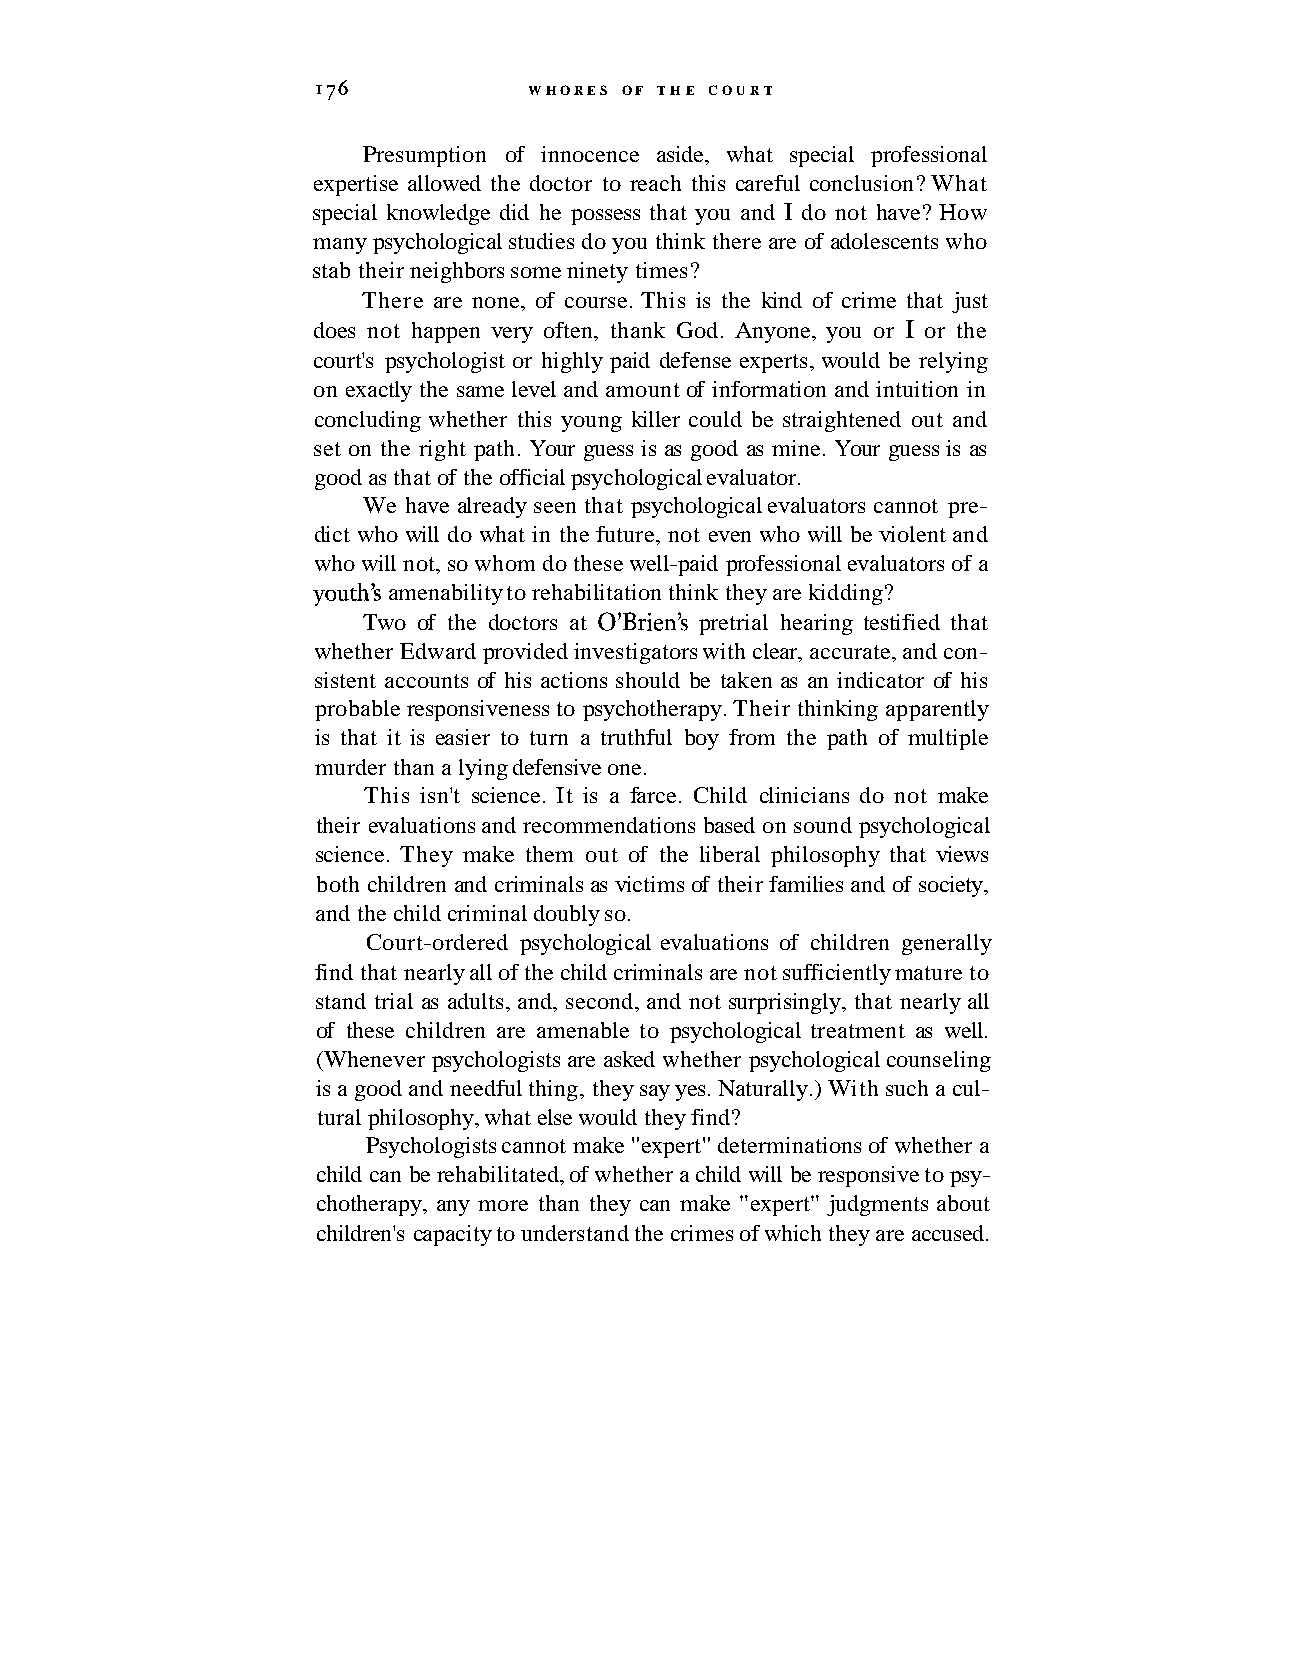
176           WHORES OF THE COURT
 Presumption of innocence aside, what special professional
 expertise allowed the doctor to reach this careful conclusion? What
 special knowledge did he possess that you and I do not have? How
 many psychological studies do you think there are of adolescents who
 stab their neighbors some ninety times?
 There are none, of course. This is the kind of crime that just
 does not happen very often, thank God. Anyone, you or I or the
 court's psychologist or highly paid defense experts, would be relying
 on exactly the same level and amount of information and intuition in
 concluding whether this young killer could be straightened out and
 set on the right path. Your guess is as good as mine. Your guess is as
 good as that of the official psychological evaluator.
 We have already seen that psychological evaluators cannot pre-
 dict who will do what in the future, not even who will be violent and
 who will not, so whom do these well-paid professional evaluators of a
 ~outh'sa menability to rehabilitation think they are kidding?
 Two of the doctors at O'Brien's pretrial hearing testified that
 whether Edward provided investigators with clear, accurate, and con-
 sistent accounts of his actions should be taken as an indicator of his
 probable responsiveness to psychotherapy. Their thinking apparently
 is that it is easier to turn a truthful boy from the path of multiple
 murder than a lying defensive one.
 This isn't science. It is a farce. Child clinicians do not make
 their evaluations and recommendations based on sound psychological
 science. They make them out of the liberal philosophy that views
 both children and criminals as victims of their families and of society,
 and the child criminal doubly so.
 Court-ordered psychological evaluations of children generally
 find that nearly all of the child criminals are not sufficiently mature to
 stand trial as adults, and, second, and not surprisingly, that nearly all
 of these children are amenable to psychological treatment as well.
 (Whenever psychologists are asked whether psychological counseling
 is a good and needful thing, they say yes. Naturally.) With such a cul-
 tural philosophy, what else would they find?
 Psychologists cannot make "expert" determinations of whether a
 child can be rehabilitated, of whether a child will be responsive to psy-
 chotherapy, any more than they can make "expert" judgments about
 children's capacity to understand the crimes of which they are accused.